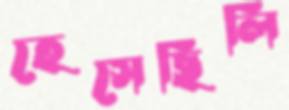
হেসেছিলি